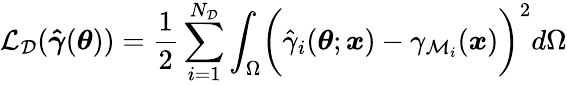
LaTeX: \mathcal{L}_{\mathcal{D}}(\boldsymbol{\hat{\gamma}}(\boldsymbol{\theta}))=\frac{1}{2}\sum_{i=1}^{N_{\mathcal{D}}}\int_{\Omega}\biggl(\hat{\gamma}_{i}(\boldsymbol{\theta};\boldsymbol{x})-\gamma_{\mathcal{M}_{i}}(\boldsymbol{x})\biggr)^{2}d\Omega